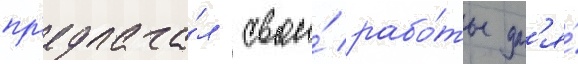
пр'едлага́л свои́ рабо́ты дл'я́